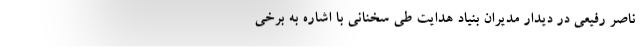
ناصر رفیعی در دیدار مدیران بنیاد هدایت طی سخنانی با اشاره به برخی